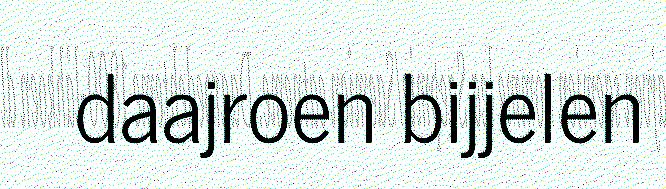
daajroen bijjelen